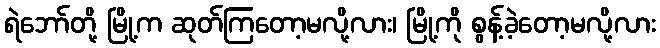
ရဲဘော်တို့ မြို့က ဆုတ်ကြတော့မလို့လား၊ မြို့ကို စွန့်ခဲ့တော့မလို့လား